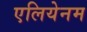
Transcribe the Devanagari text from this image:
एलियेनम